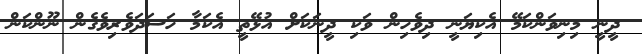
ދީނީ މިނިވަންކަމޭ އެކިޔަނީ ދިވެހިން ވަކި ދީނަކަށް އުޅޭތީ އެކަމާ ހަސަދަވެރިވެގެން ނޫންކަން